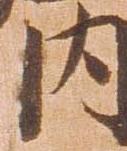
内